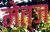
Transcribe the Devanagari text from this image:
मेत्ज